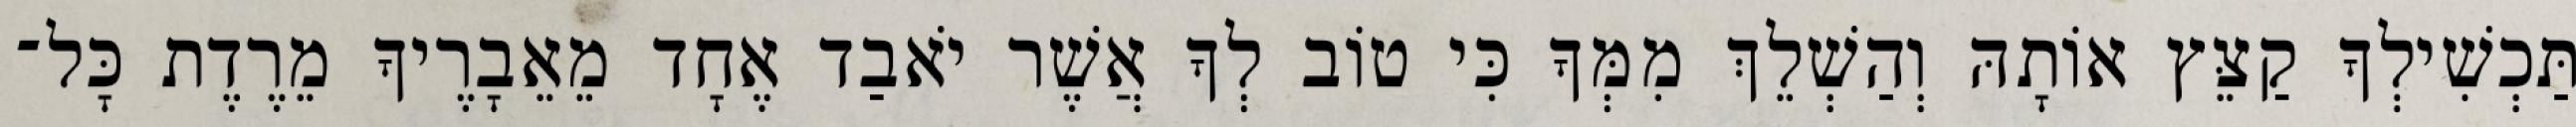
תַּכְשִׁילְךָ קַצֵּץ אוֹתָהּ וְהַשְׁלֵךְ מִמְּךָ כִּי טוֹב לְךָ אֲשֶׁר יֹאבַד אֶחָד מֵאֵבָרֶיךָ מֵרֶדֶת כָּל־